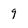
Character: 9